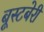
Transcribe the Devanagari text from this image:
बूस्टबेरी